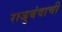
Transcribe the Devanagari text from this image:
राजुबंवाची